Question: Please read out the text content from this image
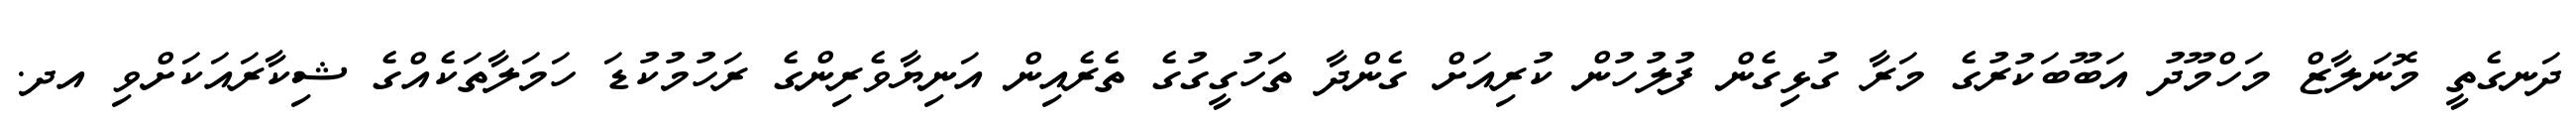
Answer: ދަނގެތީ މޮނަލާޒް މަހްމޫދު އަބޫބަކުރުގެ މަރާ ގުޅިގެން ފުލުހުން ކުރިއަށް ގެންދާ ތަހުގީގުގެ ތެރެއިން އަނިޔާވެރިންގެ ރަހުމުކުޑަ ހަމަލާތަކެއްގެ ޝިކާރައަކަށްވި އދ.